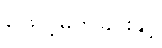
ဖြောင့်မတ်ခြင်းနှင့်